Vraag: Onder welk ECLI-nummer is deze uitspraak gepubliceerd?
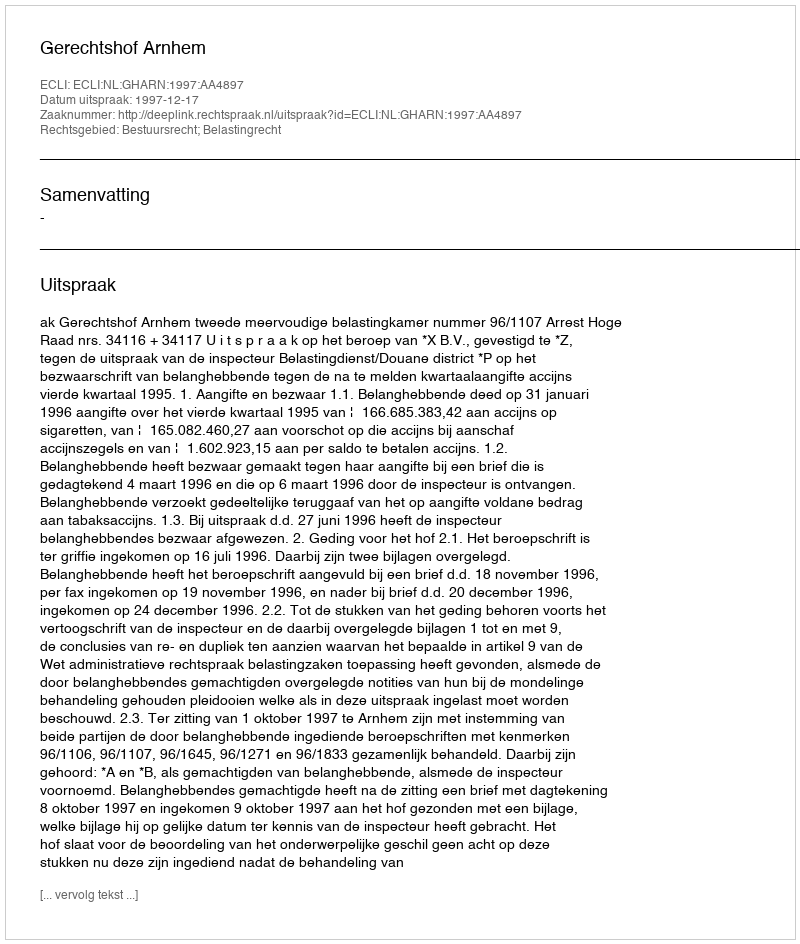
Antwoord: ECLI:NL:GHARN:1997:AA4897